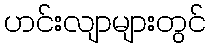
ဟင်းလျာများတွင်